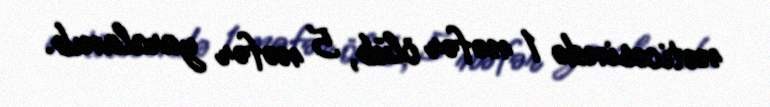
nəticəsində 1 nəfər ölüb, 5 nəfər yaralanıb.